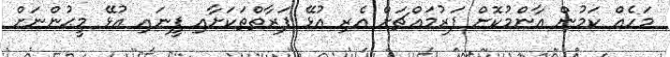
މަހެއް ކަމުން އާންމުކޮށް ފަރުމައްޗަށް އެރި އުޅޭ ފަރާތްތަކަށާއި ފީނައި އުޅޭ މީޙުންނަށް